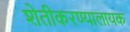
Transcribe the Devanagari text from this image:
शेतीकरण्यालायक